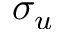
\sigma _ { u }